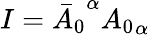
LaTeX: I={\bar{A}_{0}}^{\alpha}{A_{0}}_{\alpha}